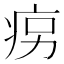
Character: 𤵱